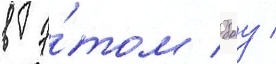
в э́том боу /